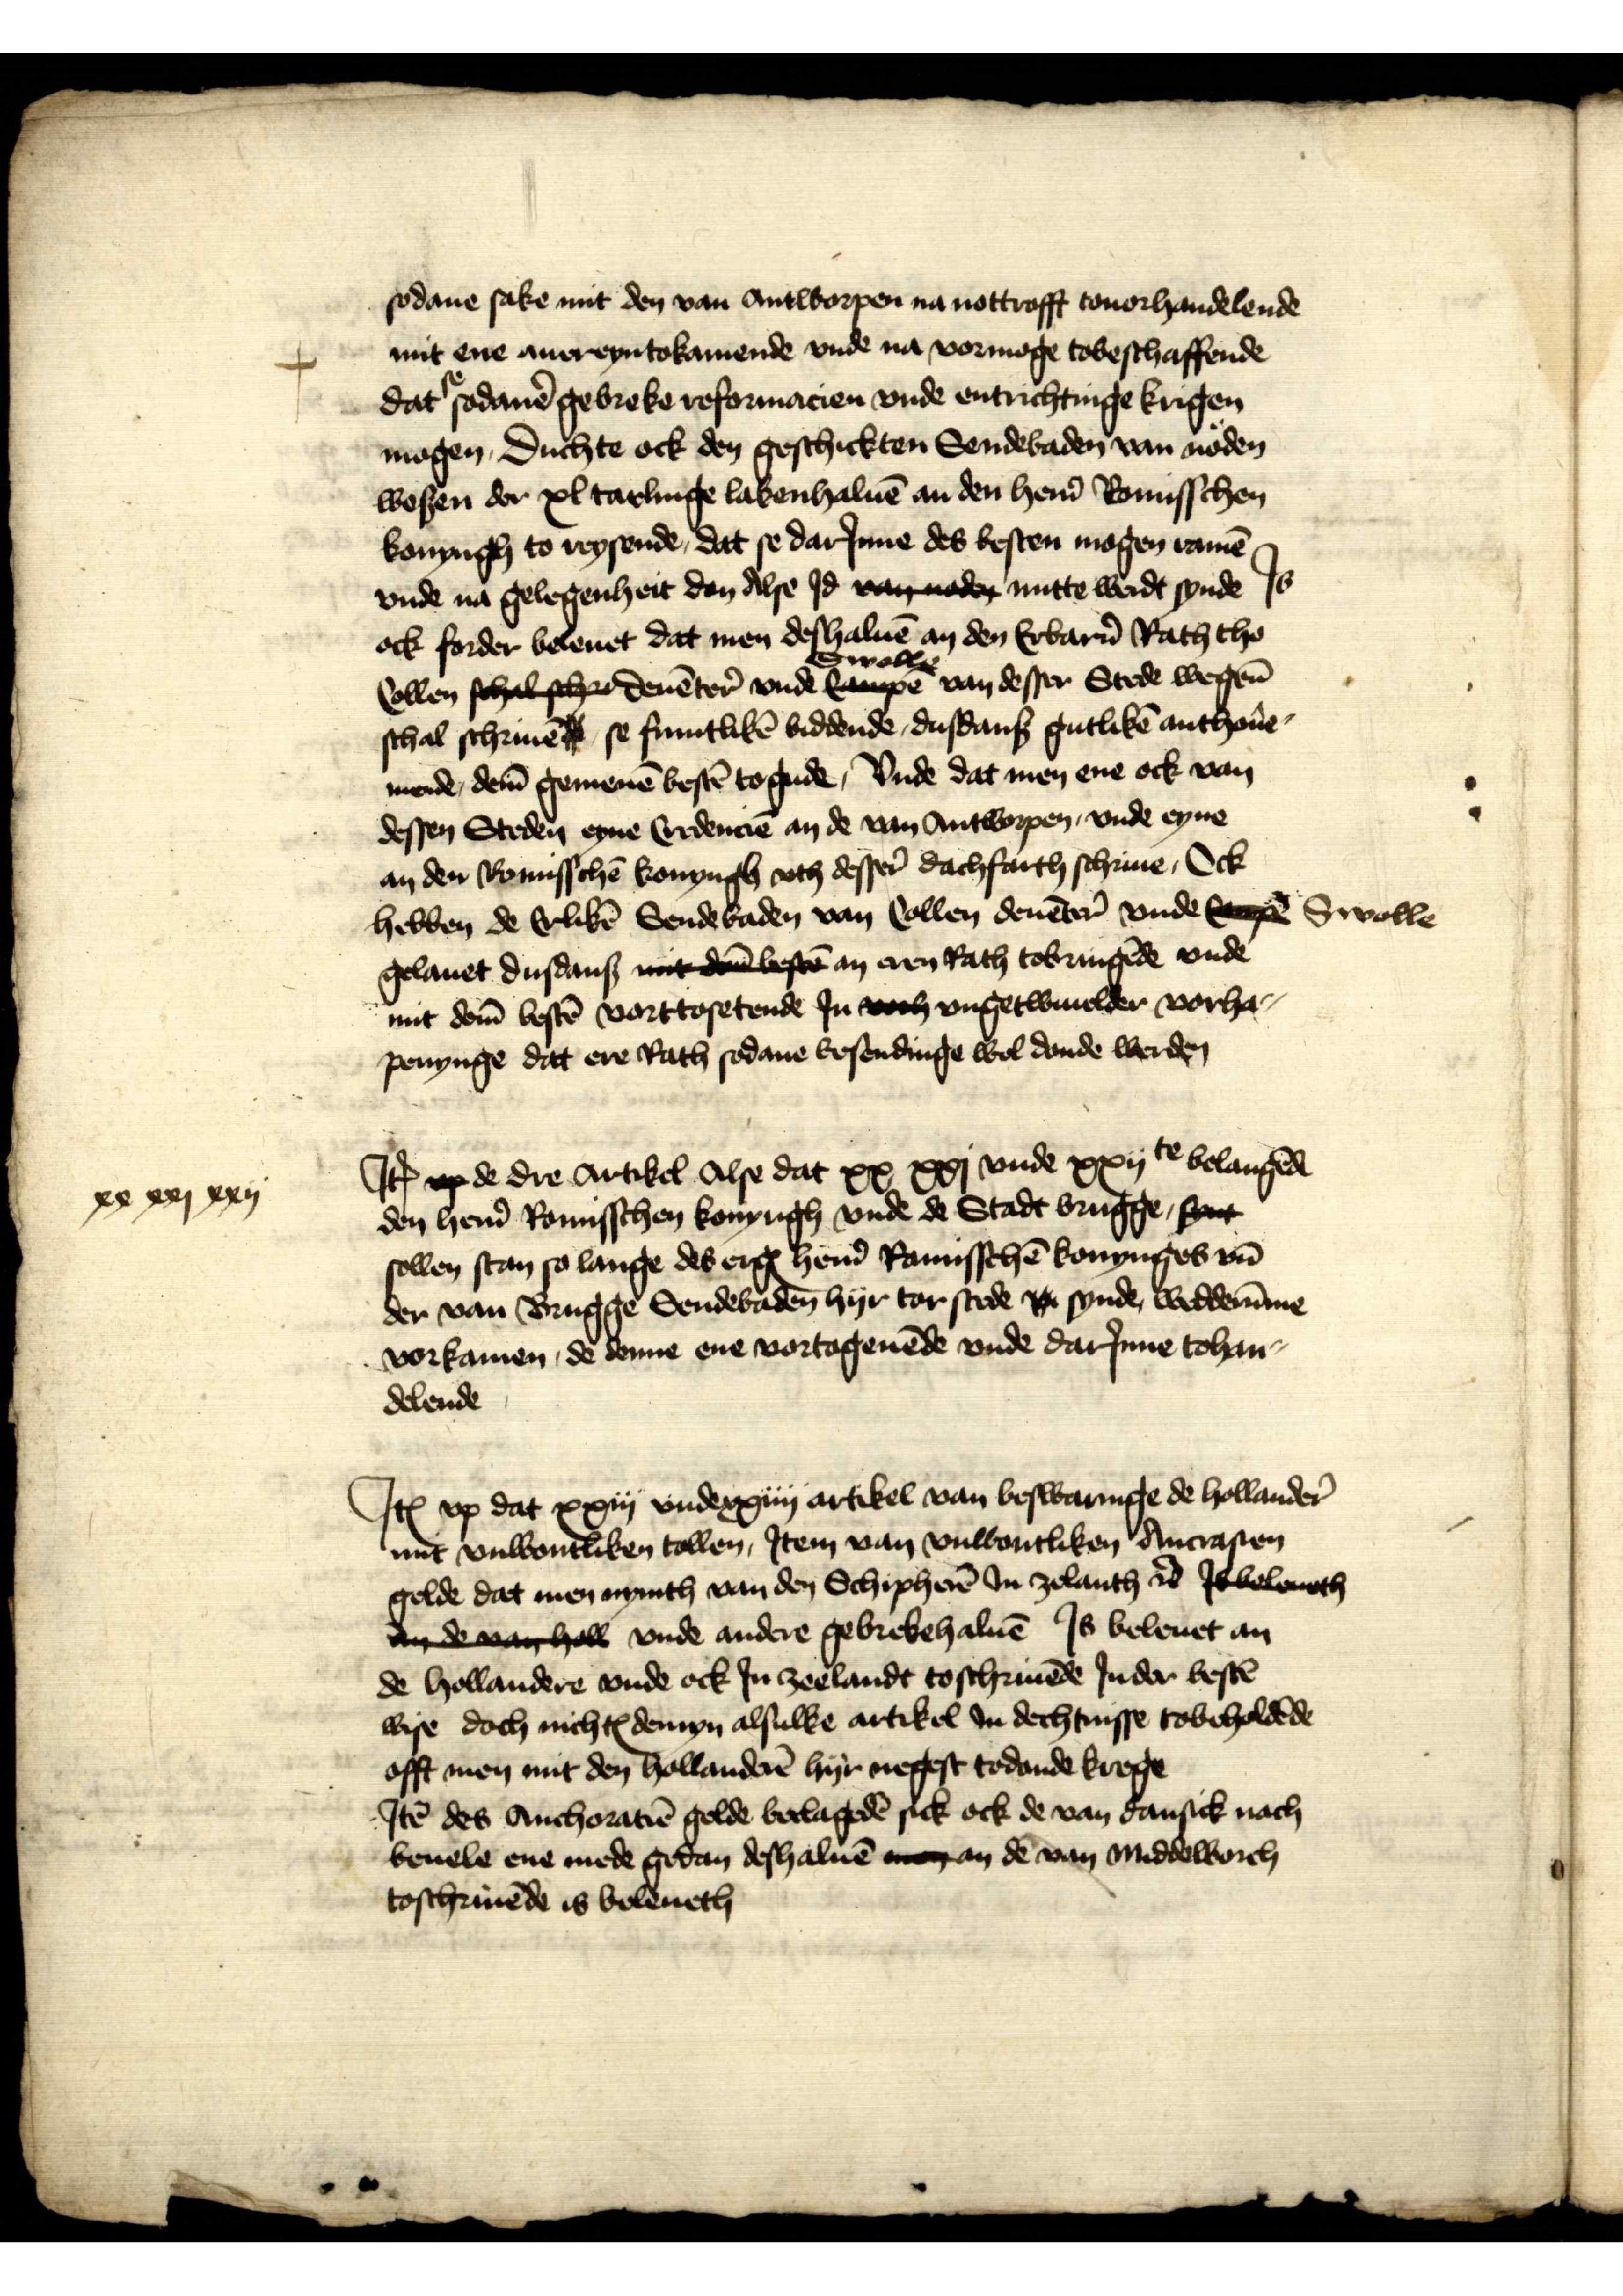
xx xxj xxij

sodane sake mit den van Antworpen na nottrafft touorhandelende
mit ene auereyntokamende unde na vormoge tobeschaffende
dat se sodanē gebreke reformacien unde entrichtinge krigen
mogen, Duchte ock den geschickten Sendebaden van nöden
wesen der xl tarlinge lakenhaluē an den her̉n Romisschen
konyngh to reysende, dat se darJnne des besten mogen ramē
vnde na gelegenheit den Alse Jd van noden nutte wadt synde Js
jock forder beleuet dat men deshaluē an den Erbar̉n Rath tho
Collen schal scher Deuēter unde Campe Swolle van desser Stede weghen
schal schriuē se fruntlikē biddende, dusdans gutlikē anthoûe¬
mende, dem gemenē bestē to gude, vnde dat men ene ock van
dessen steden eyne Credenciē an de van Antworpen, vnde eyne
an den Romisschē konyngh vth desser dachfarth schriue, Ock
hebben de Erlikē Sendebaden van Collen Deuēter vnde Campe Swolle
gelauet dusdans mit dem bestē an eren Rath tobringēde unde
mit dem bestē vorttosetende Jn veth vngetwiuelder vorha¬
penynge dat ere Rath sodane Ersendinge wol donde werden

Jꝷ vp de dre Artikel Alse dat xx xxj vnde xxijte belangēd
den her̉n Romisschen konyngh vnde de Stadt Brugge, synt
sollen stan so lange des ergꝬ her̉n Romisschē konynges vn̄
der van Brugge Sendebaden hyr tor stede xx synde, wedderūme
vorkamen, de denne ene vortagenēde unde darJnne tohan¬
delende

Jꝷ up dat xxiij unde xxiiij artikel van beswaringe de hollander
mit vnwontliken tollen, Jtem van vnwontliken Ancrasten
gelde dat men nymth van den Schipherē Jn Zelanth etꝬ Is holenth
an de van hall vnde andere gebrekehaluē Js beleuet an
de hollandere vnde ock Jn Zeelandt toschriuēde Jn der bestē
wise doch nichtꝬ demyn alsulke artikel Jn dechtnisse tobeholdēde
offt men mit den hollanderē hyr negest todonde krege
Jtē des Anchoratiē gelde beclagedē sick ock de van Dansick nach
beuele ene mede gedan deshaluē man an de van Middelborch
toschriuēde is boleueth